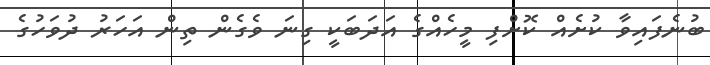
ބުނެފައިވާ ކުށެއް ކޮށްފި މީހެއްގެ އަދަބަކީ ގިނަ ވެގެން ތިން އަހަރު ދުވަހުގެ